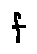
f